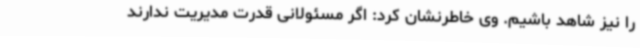
را نیز شاهد باشیم. وی خاطرنشان کرد: اگر مسئولانی قدرت مدیریت ندارند